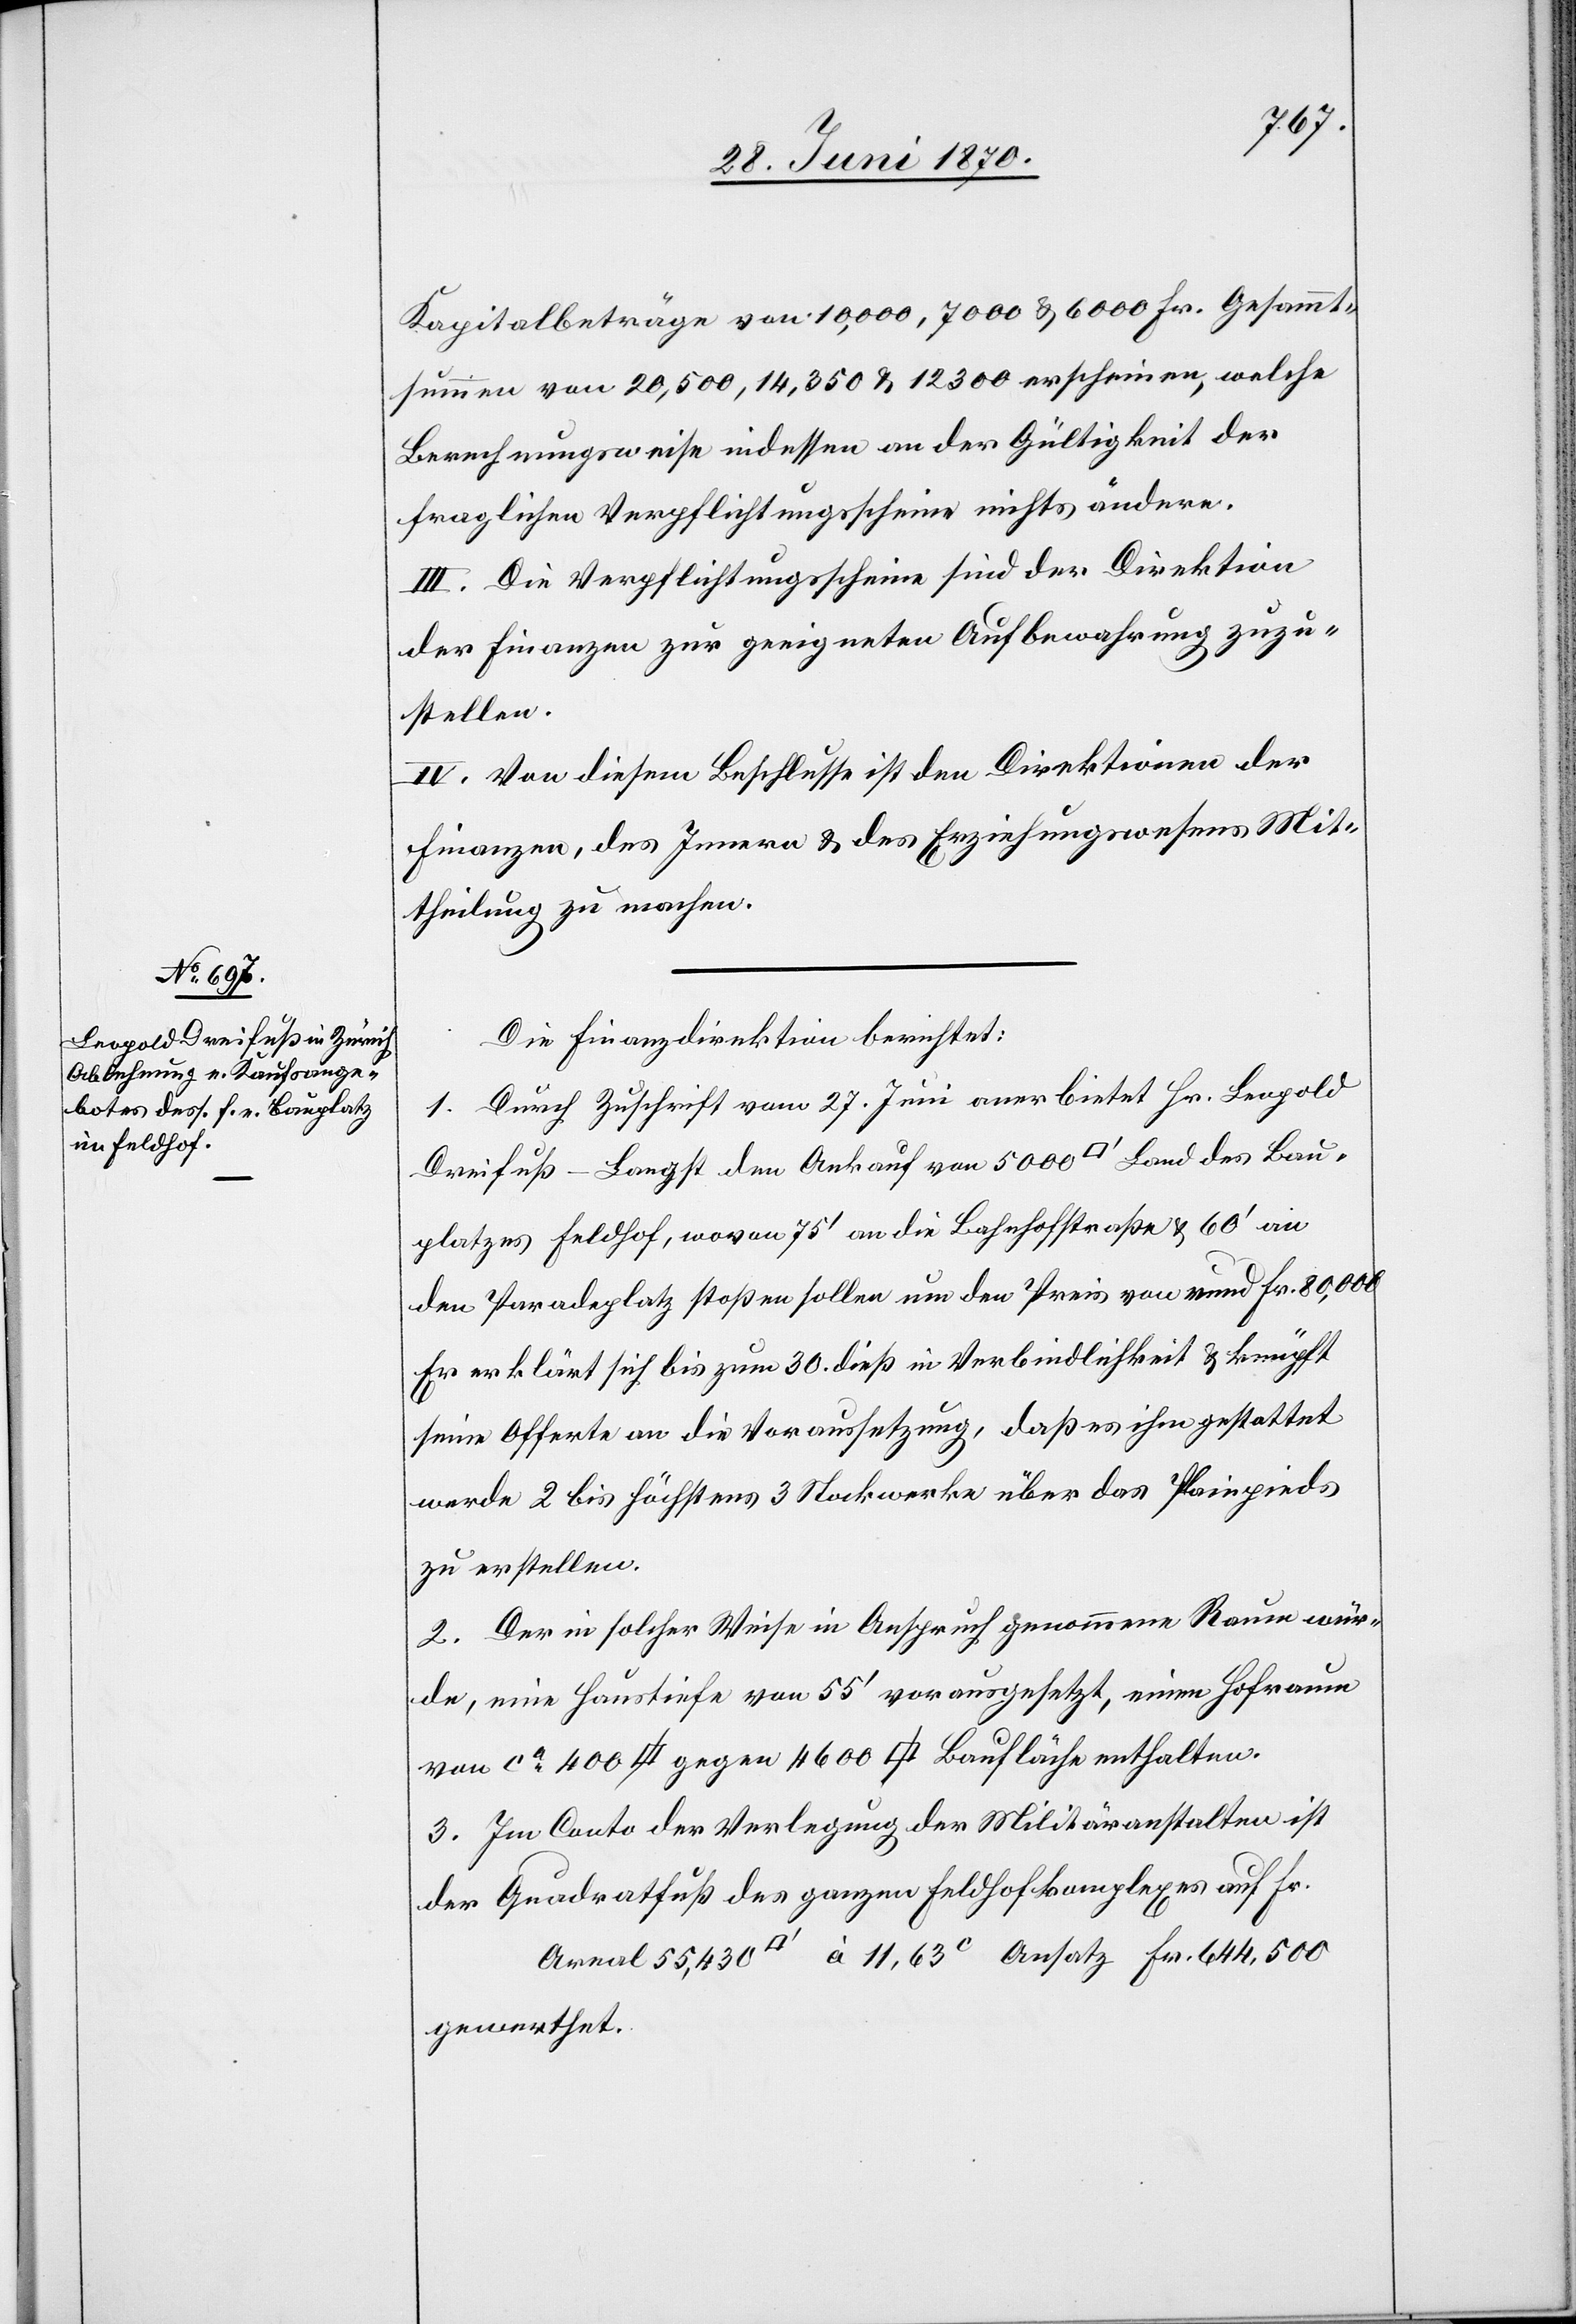
Kapitalbeträge von 10,000, 7000 & 6000 Fr. Gesammt¬
summen von 20,500, 14,350 & 12,300 erscheinen, welche
Berechnungsweise indessen an der Gültigkeit der
fraglichen Verpflichtungsscheine nichts ändern.
III. Die Verpflichtungsschiene sind der Direktion
der Finanzen zur geeigneten Aufbewahrung zuzu¬
stellen.
IV. Von diesem Beschlusse ist den Direktionen der
Finanzen, des Innern & des Erziehungswesens Mit¬
theilung zu machen.
Die Finanzdirektion berichtet:
1. Durch Zuschrift vom 27. Juni anerbietet Hr. Leopold
Dreifuß-Langst den Ankauf von 5000 [Quadratfuss] Land des Bau¬
platzes Feldhof, wovon 75‘ an die Bahnhofstraße & 60‘ an
den Paradeplatz stoßen sollen um den Preis von rund Fr. 80,000.
Er erklärt sich bis zum 30. dieß in Verbindlichkeit & knüpft
seine Offerte an die Voraussetzung, daß es ihm gestattet
werde 2 bis höchstens 3 Stockwerke über das Plainpieds
zu erstellen.
2. Der in solcher Weise in Anspruch genommene Raum wür¬
de, eine Haustiefe von 55‘ vorausgesetzt, einen Hofraum
3. Im Conto der Verlegung der Militäranstalten ist
der Quadratfuß des ganzen Feldhofkomplexes auf Fr.
Areal 55,430 [Quadratfuss] à 11,63c Ansatz Fr. 644,500
gewerthet.